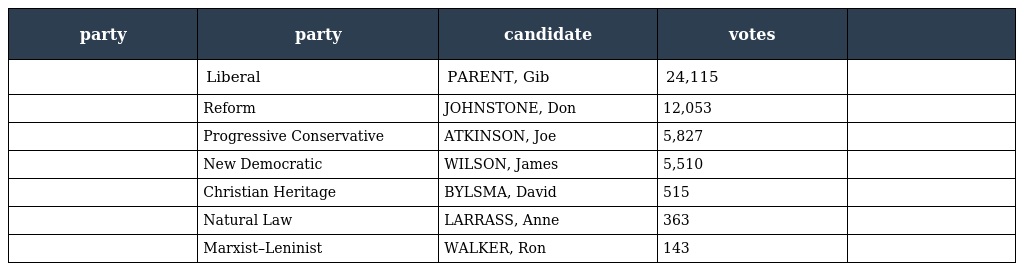
| party | party | candidate | votes |  |
 | --- | --- | --- | --- | --- |
 |  | Liberal | PARENT, Gib | 24,115 |  |
 |  | Reform | JOHNSTONE, Don | 12,053 |  |
 |  | Progressive Conservative | ATKINSON, Joe | 5,827 |  |
 |  | New Democratic | WILSON, James | 5,510 |  |
 |  | Christian Heritage | BYLSMA, David | 515 |  |
 |  | Natural Law | LARRASS, Anne | 363 |  |
 |  | Marxist–Leninist | WALKER, Ron | 143 |  |